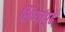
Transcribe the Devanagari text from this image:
शिष्यांपुढे